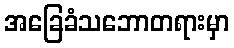
အခြေခံသဘောတရားမှာ